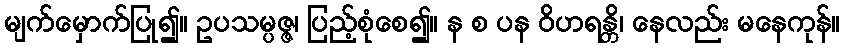
မျက်မှောက်ပြု၍။ ဥပသမ္ပဇ္ဇ၊ ပြည့်စုံစေ၍။ န စ ပန ဝိဟရန္တိ၊ နေလည်း မနေကုန်။